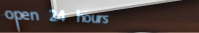
open 24 hours